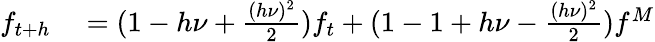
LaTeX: \begin{array}{rl}{f_{t+h}}&{{}=(1-h\nu+\frac{(h\nu)^{2}}{2})f_{t}+(1-1+h\nu-\frac{(h\nu)^{2}}{2})f^{M}}\end{array}